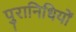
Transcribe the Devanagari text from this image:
पुरानिधियों